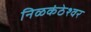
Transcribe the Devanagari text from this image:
निळकंठेश्वर